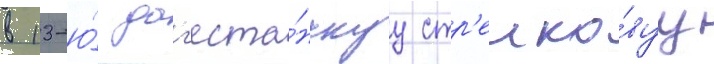
в 13-ю́ даг'еста́нскуу стр'елко́вуу